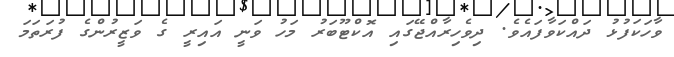
ވާހަކަފުޅު ދައްކަވާފައެވެ. ދިވެހިރާއްޖޭގައި އޮކްޓޫބަރު މަހު ވަނީ އައިރީ ގެ ވަޒީރުންގެ ފުރަތަމަ